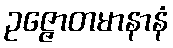
ဥဇ္ဇောတမာနာနံ